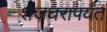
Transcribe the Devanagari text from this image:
शेजघरापर्यंत